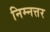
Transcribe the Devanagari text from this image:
निम्नत्तर